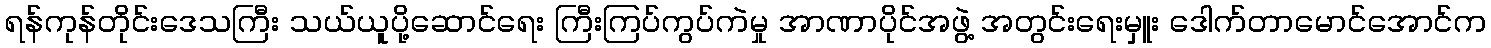
ရန်ကုန်တိုင်းဒေသကြီး သယ်ယူပို့ဆောင်ရေး ကြီးကြပ်ကွပ်ကဲမှု အာဏာပိုင်အဖွဲ့ အတွင်းရေးမှူး ဒေါက်တာမောင်အောင်က